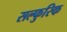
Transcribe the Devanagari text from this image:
सल्फुरिक